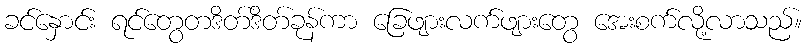
ခင်နှောင်း ရင်တွေတဒိတ်ဒိတ်ခုန်ကာ ခြေဖျားလက်ဖျားတွေ အေးစက်လို့လာသည်။